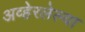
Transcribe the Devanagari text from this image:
अव्हेरलेल्या